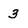
Character: 3